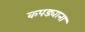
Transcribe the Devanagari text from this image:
कपड्याना